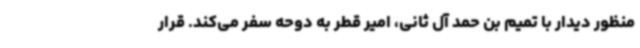
منظور دیدار با تمیم بن حمد آل ثانی، امیر قطر به دوحه سفر می‌کند. قرار